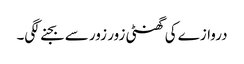
دروازے کی گھنٹی زور زور سے بجنے لگی۔